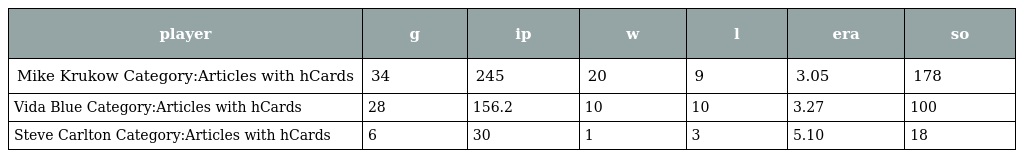
| player | g | ip | w | l | era | so |
 | --- | --- | --- | --- | --- | --- | --- |
 | Mike Krukow Category:Articles with hCards | 34 | 245 | 20 | 9 | 3.05 | 178 |
 | Vida Blue Category:Articles with hCards | 28 | 156.2 | 10 | 10 | 3.27 | 100 |
 | Steve Carlton Category:Articles with hCards | 6 | 30 | 1 | 3 | 5.10 | 18 |